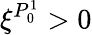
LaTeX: \xi^{P_{0}^{1}}>0